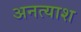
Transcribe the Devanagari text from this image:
अनत्याश